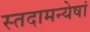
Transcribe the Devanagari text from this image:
स्तदामन्येषां